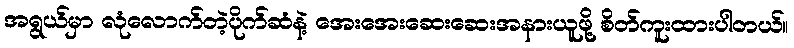
အရွယ်မှာ လုံလောက်တဲ့ပိုက်ဆံနဲ့ အေးအေးဆေးဆေးအနားယူဖို့ စိတ်ကူးထားပါတယ်။